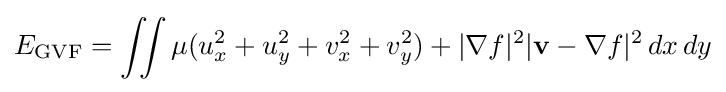
E_{\text{GVF}}=\iint \mu (u_{x}^{2}+u_{y}^{2}+v_{x}^{2}+v_{y}^{2})+|\nabla f|^{2}|\mathbf {v} -\nabla f|^{2}\,dx\,dy